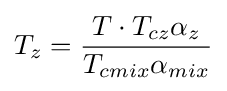
T_{z}={\frac {T\cdot T_{cz}\alpha _{z}}{T_{cmix}\alpha _{mix}}}